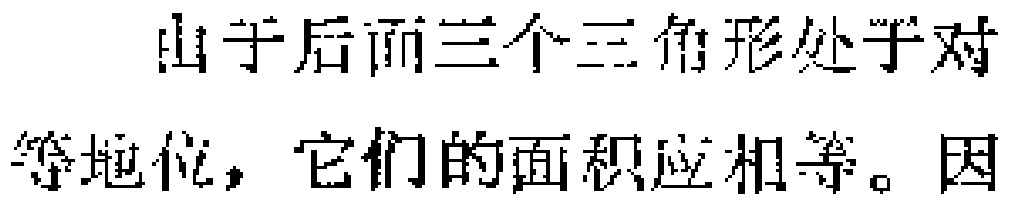
由于后面三个三角形处于对等地位，它们的面积应相等。因